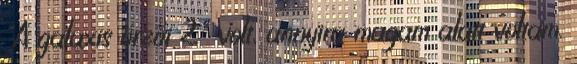
"A galaxis őrzői 2" volt, annyira magam alatt voltam.